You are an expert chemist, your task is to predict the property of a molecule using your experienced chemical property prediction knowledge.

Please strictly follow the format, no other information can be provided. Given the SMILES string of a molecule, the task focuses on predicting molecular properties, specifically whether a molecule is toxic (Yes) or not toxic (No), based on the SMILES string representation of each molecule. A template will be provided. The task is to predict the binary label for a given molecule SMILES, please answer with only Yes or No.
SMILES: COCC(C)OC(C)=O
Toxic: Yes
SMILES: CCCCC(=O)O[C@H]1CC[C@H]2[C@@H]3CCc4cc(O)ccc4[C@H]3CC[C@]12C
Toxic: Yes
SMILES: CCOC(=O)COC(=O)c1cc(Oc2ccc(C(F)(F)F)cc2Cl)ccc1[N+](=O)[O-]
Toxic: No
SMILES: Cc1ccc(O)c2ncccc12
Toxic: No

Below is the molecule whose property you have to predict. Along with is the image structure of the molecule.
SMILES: COC(=O)Nc1nc2cc(C(=O)c3cccs3)ccc2[nH]1
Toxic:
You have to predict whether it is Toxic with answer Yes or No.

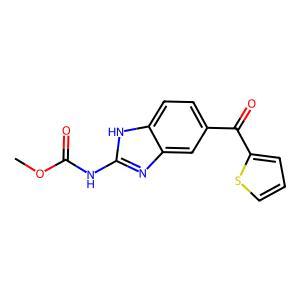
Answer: No